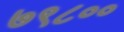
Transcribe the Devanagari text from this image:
७९८००